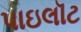
પાઇલૉટ